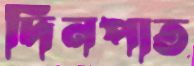
দিনপাত